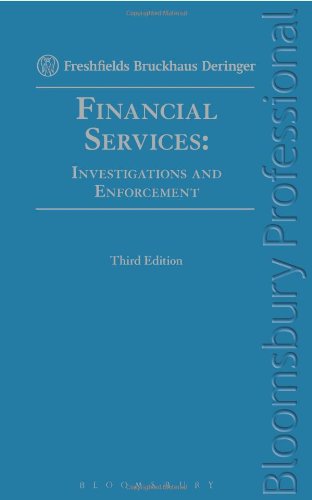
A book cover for Financial Services: Investigations and Enforcement: Third Edition; Freshfields Bruckhaus Deringer; Business & Money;